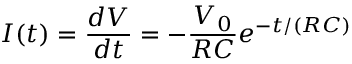
I ( t ) = \frac { d V } { d t } = - \frac { V _ { 0 } } { R C } e ^ { - t / ( R C ) }